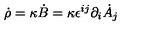
\dot { \rho } = \kappa \dot { B } = \kappa \epsilon ^ { i j } \partial _ { i } \dot { A } _ { j }